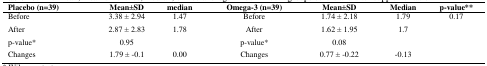
| Placebo (n=39) | Mean±SD | median | Omega-3 (n=39) | Mean±SD | Median | p-value** |
 | --- | --- | --- | --- | --- | --- | --- |
 | Before | 3.38 ± 2.94 | 1.47 | Before | 1.74 ± 2.18 | 1.79 | 0.17 |
 | After | 2.87 ± 2.83 | 1.78 | After | 1.62 ± 1.95 | 1.7 |  |
 | p-value* | 0.95 |  | p-value* | 0.08 |  |  |
 | Changes | 1.79 ± -0.1 | 0.00 | Changes | 0.77 ± -0.22 | -0.13 |  |